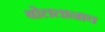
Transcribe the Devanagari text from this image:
बोलतानाच